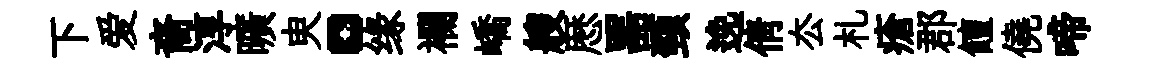
下爱裔淳曠㬰。缘襴嶠艘厯噐頸𨓜倩厺札瘡郡饘僥啼